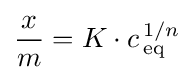
{\frac {x}{m}}=K\cdot c_{\,\mathrm {eq} }^{\,1/n}